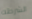
الشرطه